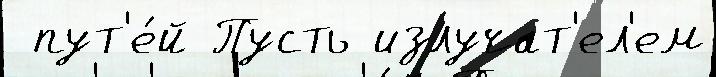
 пут'е́й Пусть излучат'ел'ем